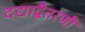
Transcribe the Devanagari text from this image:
दद्याद्वैतरणीं